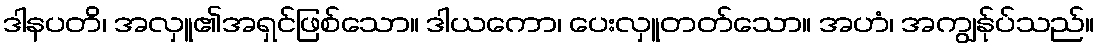
ဒါနပတိ၊ အလှူ၏အရှင်ဖြစ်သော။ ဒါယကော၊ ပေးလှူတတ်သော။ အဟံ၊ အကျွန်ုပ်သည်။